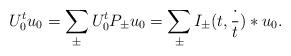
LaTeX: \begin{align*}U_0^t u_0 = \sum_{\pm}U_0^t P_\pm u_0=\sum_{\pm} I_\pm(t,\frac{\cdot}{t})*u_0.\end{align*}